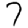
Digit: 7